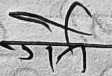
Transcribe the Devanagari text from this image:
गर्मी